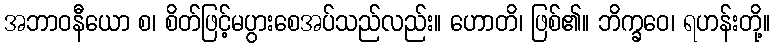
အဘာဝနီယော စ၊ စိတ်ဖြင့်မပွားစေအပ်သည်လည်း။ ဟောတိ၊ ဖြစ်၏။ ဘိက္ခဝေ၊ ရဟန်းတို့။